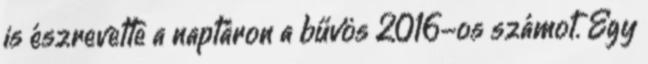
is észrevette a naptáron a bűvös 2016-os számot. Egy